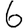
Digit: 6